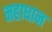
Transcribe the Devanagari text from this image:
महाधान